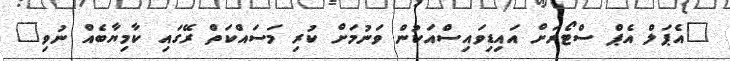
"އެޕަލް އެޕް ސްޓޯރަށް އައިޑިވައިސްއަކުން ވަނުމަށް ކުރި މަސައްކަތް ރޭގައި ކާމިޔާބެއް ނުވި"